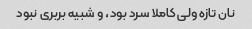
نان تازه ولی کاملا سرد بود، و شبیه بربری نبود